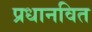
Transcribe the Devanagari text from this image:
प्रधानवित